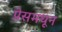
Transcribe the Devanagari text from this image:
प्रेसमधून